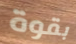
بقوة